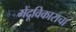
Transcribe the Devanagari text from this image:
मेंदूविकाराचा